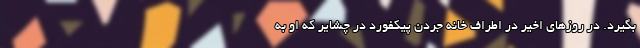
بگیرد. در روزهای اخیر در اطراف خانه جردن پیکفورد در چشایر که او به